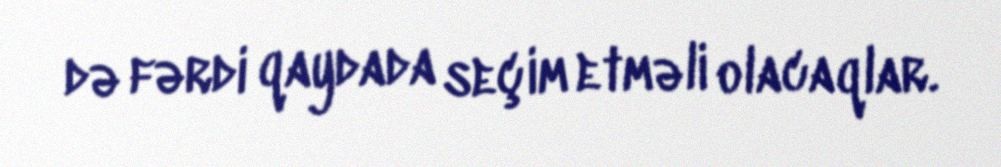
də fərdi qaydada seçim etməli olacaqlar.